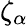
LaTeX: \zeta_{\alpha}